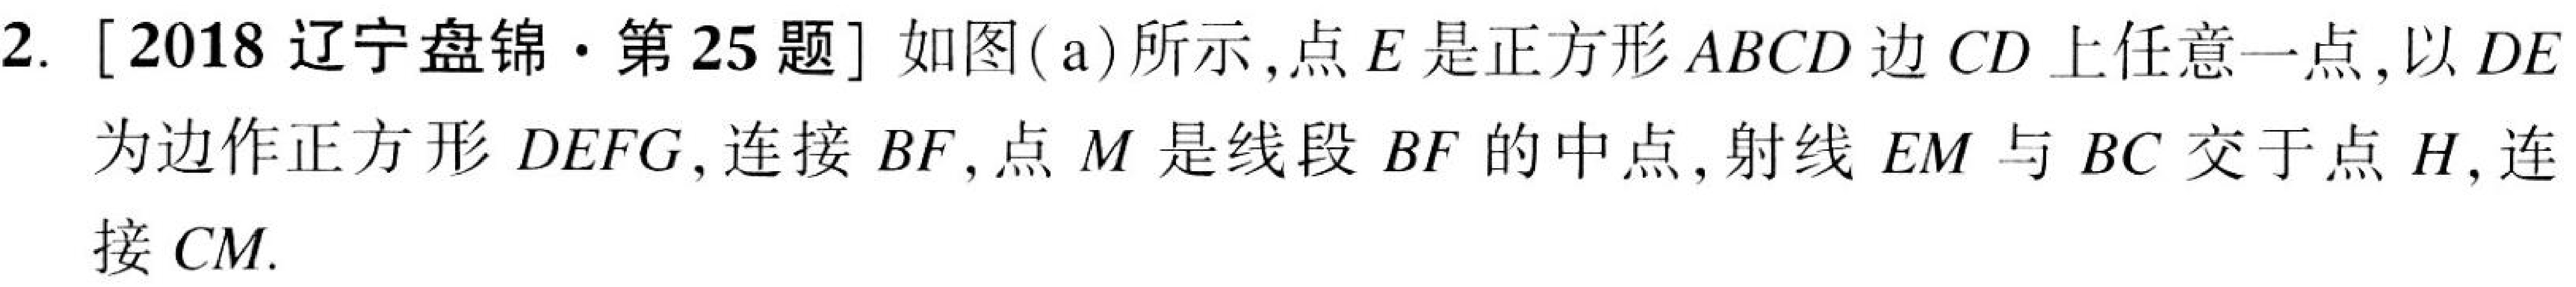
2. [2018辽宁盘锦·第25题] 如图(a)所示,点$E$是正方形$ABCD$边$CD$上任意一点,以$DE$
为边作正方形$DEFG$,连接$BF$,点$M$是线段$BF$的中点,射线$EM$与$BC$交于点$H$,连
接$CM$.